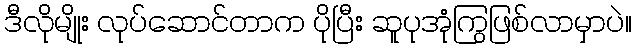
ဒီလိုမျိုး လုပ်ဆောင်တာက ပိုပြီး ဆူပုအုံကြွဖြစ်လာမှာပဲ။